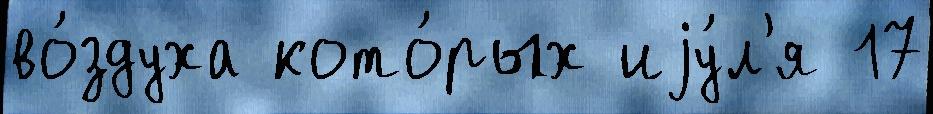
во́здуха кото́рых иjу́л'я 17